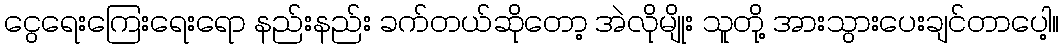
ငွေရေးကြေးရေးရော နည်းနည်း ခက်တယ်ဆိုတော့ အဲလိုမျိုး သူတို့ အားသွားပေးချင်တာပေါ့။